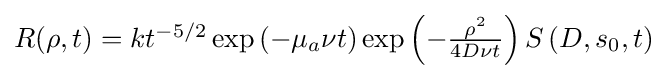
{\textstyle R(\rho ,t)=kt^{-5/2}\exp \left(-\mu _{a}\nu t\right)\exp \left(-{\frac {\rho ^{2}}{4D\nu t}}\right)S\left(D,s_{0},t\right)}